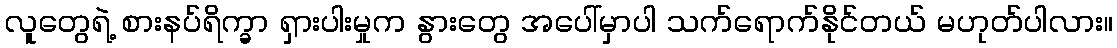
လူတွေရဲ့ စားနပ်ရိက္ခာ ရှားပါးမှုက နွားတွေ အပေါ်မှာပါ သက်ရောက်နိုင်တယ် မဟုတ်ပါလား။